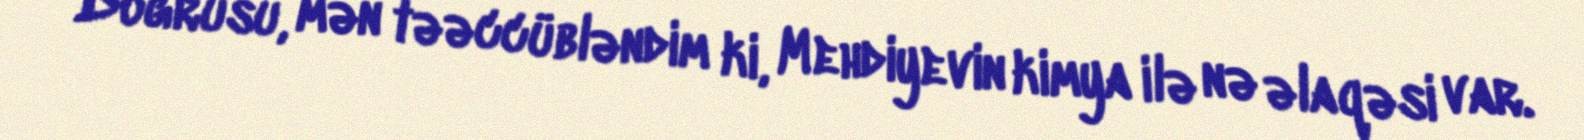
Doğrusu, mən təəccübləndim ki, Mehdiyevin kimya ilə nə əlaqəsi var.